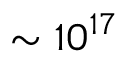
\sim 1 0 ^ { 1 7 }